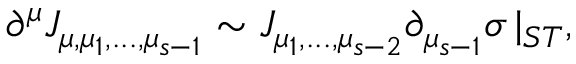
\partial ^ { \mu } J _ { \mu , \mu _ { 1 } , . . . , \mu _ { s - 1 } } \sim J _ { \mu _ { 1 } , . . . , \mu _ { s - 2 } } \partial _ { \mu _ { s - 1 } } \sigma \, | _ { S T } ,